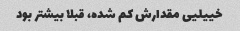
خییلیی مقدارش کم شده، قبلا بیشتر بود